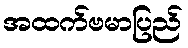
အထက်ဗမာပြည်